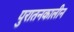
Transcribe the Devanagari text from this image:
पुरातनकालीन